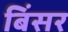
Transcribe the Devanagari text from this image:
बिंसर